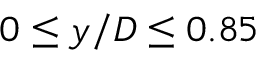
0 \leq y / D \leq 0 . 8 5